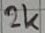
Text: 2k